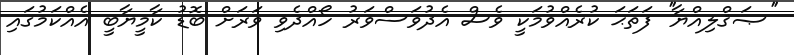
''ޞަޤްލިއްޔާ'' ފަތަޙަ ކުރެއްވުމަކީ ވެސް އެދުވަސްވަރު ހޯއްދެވި ވަރަށް ބޮޑު ކާމީޔާބީ އެއްކަމުގައި